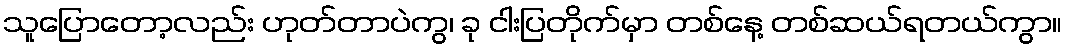
သူပြောတော့လည်း ဟုတ်တာပဲကွ၊ ခု ငါးပြတိုက်မှာ တစ်နေ့ တစ်ဆယ်ရတယ်ကွာ။